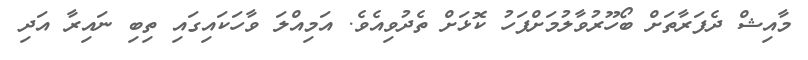
މާއިޝް ދެފަރާތަށް ބޯހޫރުވާލުމަށްފަހު ކޮޅަށް ތެދުވިއެވެ. އަމިއްލަ ވާހަކައިގައި ތިބި ނައިރާ އަދި